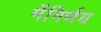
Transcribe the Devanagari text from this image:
मेंनिर्णय